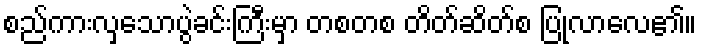
စည်ကားလှသောပွဲခင်းကြီးမှာ တစတစ တိတ်ဆိတ်စ ပြုလာလေ၏။